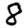
Digit: 8